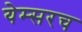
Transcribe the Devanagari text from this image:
येम्सरच